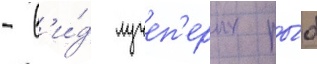
- в'и́д лучеп'ерых ры́б